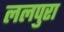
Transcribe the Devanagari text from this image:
ललपुरा